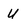
Character: U